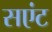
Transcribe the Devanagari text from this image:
सएंट